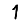
Digit: 1